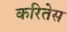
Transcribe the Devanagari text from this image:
करितेस